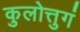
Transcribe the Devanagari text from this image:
कुलोत्तुगं